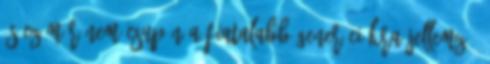
és ez már nem csupán a fiatalabb generációkra jellemző.